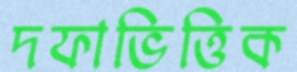
দফাভিত্তিক